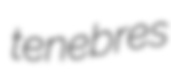
tenebres